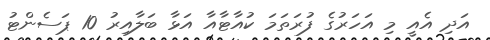
އަދި އެއީ މި އަހަރުގެ ފުރަތަމަ ކުއާޓާއާ އަޅާ ބަލާއިރު 10 ޕަސެންޓު